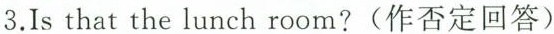
3.Is that the lunch room?(作否定回答)